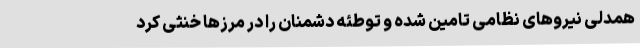
همدلی نیروهای نظامی تامین شده و توطئه دشمنان را در مرزها خنثی کرد